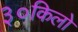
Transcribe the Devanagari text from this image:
३०किलो